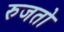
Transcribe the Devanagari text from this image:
रुजतो